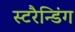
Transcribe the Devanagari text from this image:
स्टरैन्डिंग